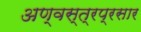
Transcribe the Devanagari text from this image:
अण्वस्त्रप्रसार